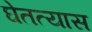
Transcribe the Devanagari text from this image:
घेतत्यास